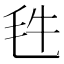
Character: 𣬳